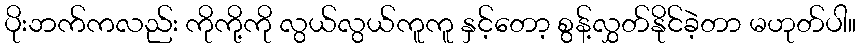
ပိုးဘက်ကလည်း ကိုကို့ကို လွယ်လွယ်ကူကူ နှင့်တော့ စွန့်လွှတ်နိုင်ခဲ့တာ မဟုတ်ပါ။